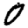
Digit: 0